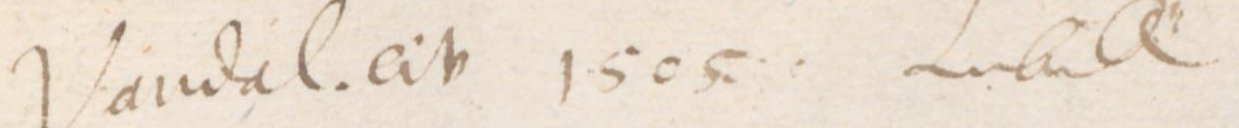
Transcription: Vandal. civ 1505 Lubeck